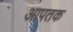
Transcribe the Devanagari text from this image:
आपतक